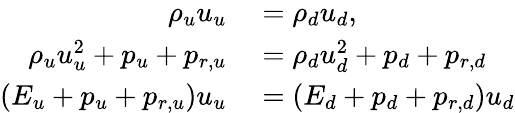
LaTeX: \begin{array}{rl}{\rho_{u}u_{u}}&{{}=\rho_{d}u_{d},}\\ {\rho_{u}u_{u}^{2}+p_{u}+p_{r,u}}&{{}=\rho_{d}u_{d}^{2}+p_{d}+p_{r,d}}\\ {(E_{u}+p_{u}+p_{r,u})u_{u}}&{{}=(E_{d}+p_{d}+p_{r,d})u_{d}}\end{array}